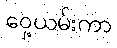
ဝှေ့ယမ်းကာ